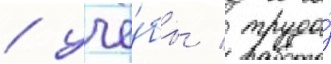
/ учё́бы / труда́